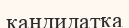
кандидатқа